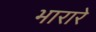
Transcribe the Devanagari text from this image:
भारारे